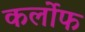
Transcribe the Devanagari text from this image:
कर्लोफ